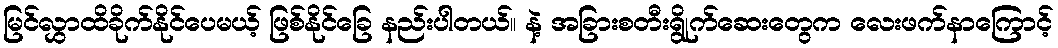
မြင်လွှာထိခိုက်နိုင်ပေမယ့် ဖြစ်နိုင်ခြေ နည်းပါတယ်။ နဲ့ အခြားစတီးရွိုက်ဆေးတွေက လေးဖက်နာကြောင့်